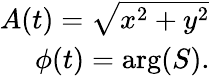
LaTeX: \begin{array}{r}{A(t)=\sqrt{x^{2}+y^{2}}}\\ {\phi(t)=\arg(S).}\end{array}